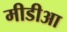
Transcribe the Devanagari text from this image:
मीडीआ